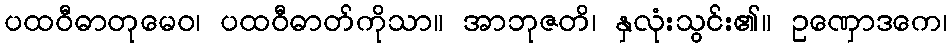
ပထဝီဓာတုမေဝ၊ ပထဝီဓာတ်ကိုသာ။ အာဘုဇတိ၊ နှလုံးသွင်း၏။ ဥဏှောဒကေ၊